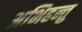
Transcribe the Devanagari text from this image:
अभिहन्तु